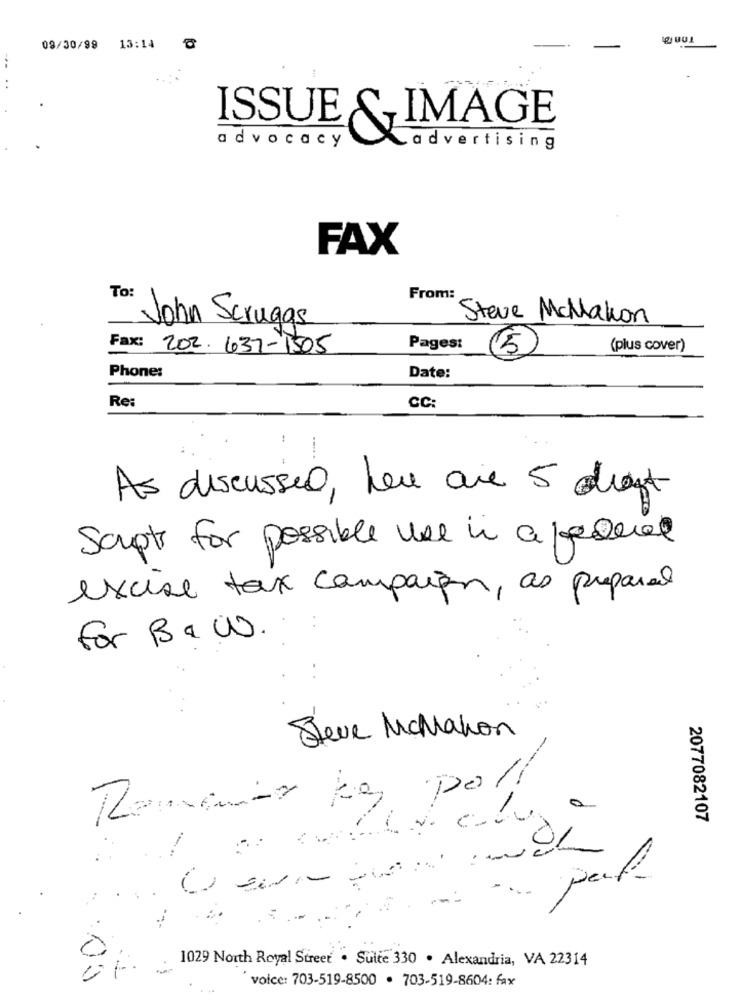
09/30/99 13:14
ISSUE
IMAGE
advocacy
advertising
FAX
To:
From:
John Scruggs
Steve Mclakon
Fax:
202.637-1505
Pages:
(plus cover)
5
Phone:
Date:
Re:
CC:
As discussed, here are 5 diast
Scrpt for possible use in a federal
excise tax campaign, as prepared
for B&W.
Steve McMahon
Revenir ky poll
2077082107
pad
1029 North Royal Street . Suite 330 . Alexandria, VA 22314
voice: 703-519-8500 . 703-519-8604: fax